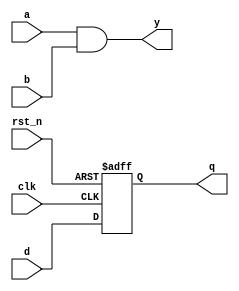
module event_control_example (
    input wire clk,        // Clock input
    input wire rst_n,     // Active low reset
    input wire d,         // Data input for D flip-flop
    input wire a,         // First input for combinational logic
    input wire b,         // Second input for combinational logic
    output reg q,         // Output of D flip-flop
    output reg y          // Output of combinational logic
);

// Sequential Logic: D Flip-Flop
always @(posedge clk or negedge rst_n) begin
    if (!rst_n) begin
        q <= 1'b0; // Reset output to 0
    end else begin
        q <= d;    // Capture data on rising edge of clock
    end
end

// Combinational Logic: Output y based on inputs a and b
always @(a or b) begin
    y = a & b; // AND operation on inputs a and b
end

endmodule